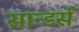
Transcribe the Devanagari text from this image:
सान्डर्स